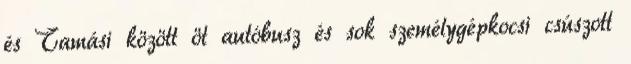
és Tamási között öt autóbusz és sok személygépkocsi csúszott